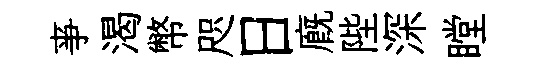
亊渴幣咫日廐陛深瞠